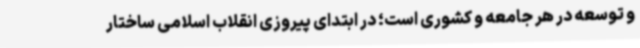
و توسعه در هر جامعه و کشوری است؛ در ابتدای پیروزی انقلاب اسلامی ساختار